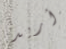
أريد